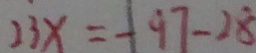
2 3 x = - 9 7 - 2 8